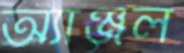
অ্যাঞ্জল